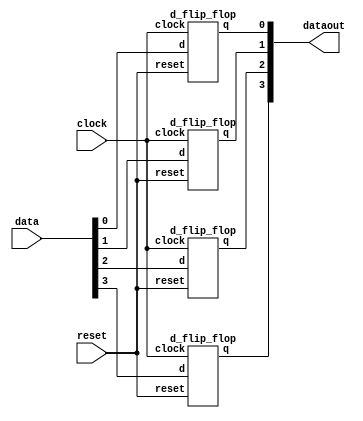
/*
	PIPO Shift Register
	DataFlow Modelling
	16CO125
*/
module pipo(data,dataout,clock,reset);
input reset,clock;
	input[3:0] data;
	output[3:0] dataout;

	d_flip_flop o1(data[0],clock,reset,dataout[0]);
	d_flip_flop o2(data[1],clock,reset,dataout[1]);
	d_flip_flop o3(data[2],clock,reset,dataout[2]);
	d_flip_flop o4(data[3],clock,reset,dataout[3]);

endmodule

module d_flip_flop(d,clock,reset,q);
    output q;
    input d,clock,reset;
    wire w1,w2,w3,w4,w1n,w2n,w3n,w4n;

    assign w1 = ~(d & clock);
    assign w1n = ~(~d & clock);
    assign w2 = ~( w1 & w2n);
    assign w2n = ~(~reset & w1n & w2);
    assign w3 = ~(~clock & w2);
    assign w3n = ~(~clock & w2n);
    assign w4 = ~(w4n & w3);
    assign w4n = ~(w4 & w3n);
    assign q=w4;
    
endmodule